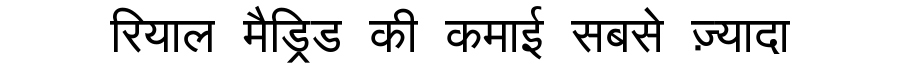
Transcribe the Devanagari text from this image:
रियाल मैड्रिड की कमाई सबसे ज़्यादा